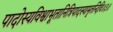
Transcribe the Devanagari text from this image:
पादोस्यविश्वाभूतानित्रिपादस्यामृतन्दिवि॥३॥